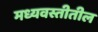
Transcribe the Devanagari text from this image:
मध्यवस्तीतील